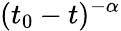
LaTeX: (t_{0}-t)^{-\alpha}